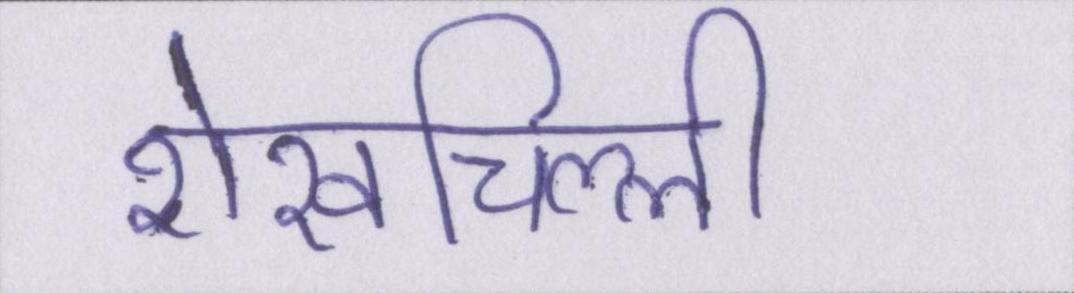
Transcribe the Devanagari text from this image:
शेखचिल्ली